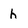
Character: h